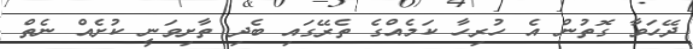
ދޭހަވާ ގޮތުން އެ ހުރިހާ ކަމެއްގެ ތެރޭގައި ބެދި ތާށިވަނީ ކުށެއް ނެތް